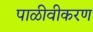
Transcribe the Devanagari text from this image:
पाळीवीकरण